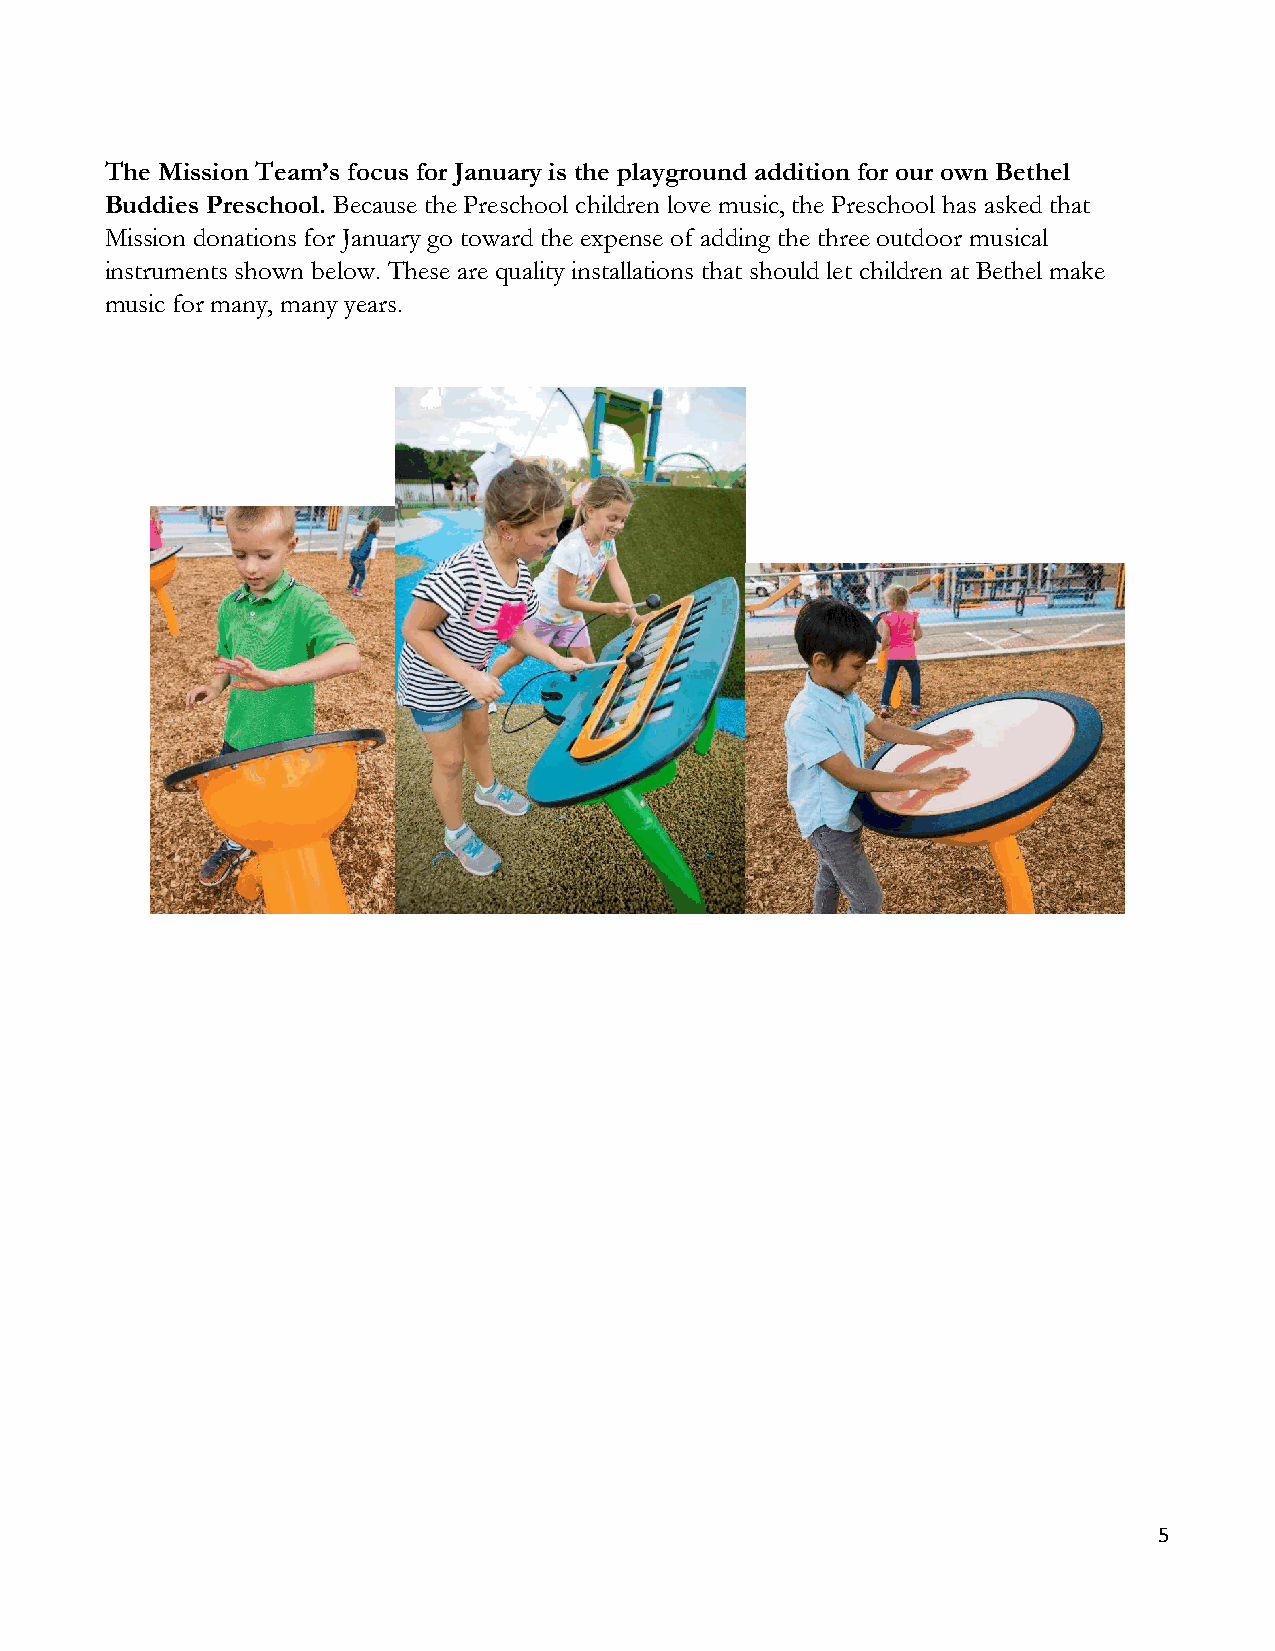
The Mission Team’s focus for January is the playground addition for our own Bethel
 Buddies Preschool. Because the Preschool children love music, the Preschool has asked that
 Mission donations for January go toward the expense of adding the three outdoor musical
 instruments shown below. These are quality installations that should let children at Bethel make
 music for many, many years.
 5